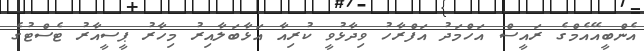
އެންބީއޭއެމްގެ ރައީސް އަހްމަދު އަފްރާހު ވިދާޅުވީ ކުރިއާ އަޅާބަލާއިރު މިހާރު ޕީސީއާރު ޓެސްޓުގެ